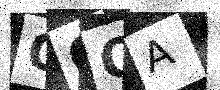
Text: OQOA